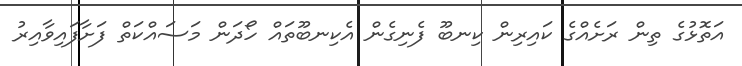
އަތޮޅުގެ ތިން ރަށެއްގެ ކައިރިން ކިނބޫ ފެނިގެން އެކިނބޫތައް ހޯދަން މަސައްކަތް ފަށާފައިވާއިރު